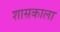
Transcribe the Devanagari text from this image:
शासकाला